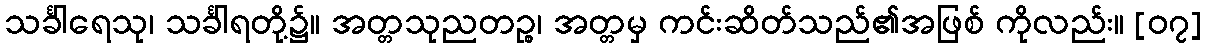
သင်္ခါရေသု၊ သင်္ခါရတို့၌။ အတ္တသုညတဉ္စ၊ အတ္တမှ ကင်းဆိတ်သည်၏အဖြစ် ကိုလည်း။ [၀၇]